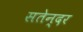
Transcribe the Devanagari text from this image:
सतेन्दर